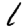
Digit: 1